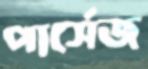
পার্সেজ